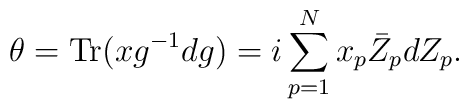
\theta=\mbox{Tr}(xg^{-1}dg)=i\sum_{p=1}^{N}x_p \bar Z_p dZ_p.